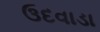
ઉદવાડા